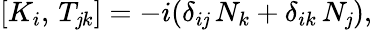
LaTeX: [K_{i},\, T_{\mathit{j}k}]=-i(\delta_{i\mathit{j}}\, N_{k}+\delta_{ik}\, N_{\mathit{j}}),